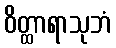
ဝိတ္ထာရာသုဘံ